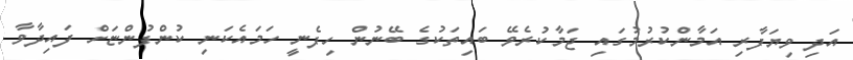
އަދި ވިޔަފާރި އަމާންކުރުމުގައި ޖަމާކުރެވޭ ބައިތަކުގެ ބޭނުން ހިފެނީ ހަމައެކަނި ކުންފުންޏަށް ފައިދާވާ